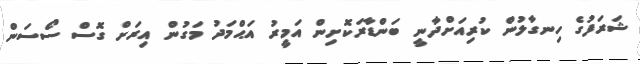
ޝަރަފުގެ ހިނގާލުން ކުރިއަށްްދާނީ ބަންޑާރަކޮށިން އަމީރު އަޙްމަދު މަގުން އިރަށް ގޮސް ސޯސަން